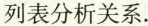
列表分析关系.